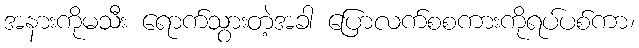
အနားကိုမသီး ရောက်သွားတဲ့အခါ ပြောလက်စစကားကိုရပ်ပစ်ကာ၊